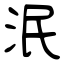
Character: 泯